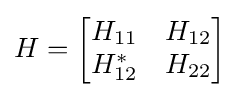
H={\begin{bmatrix}H_{11}&H_{12}\\H_{12}^{\ast }&H_{22}\end{bmatrix}}